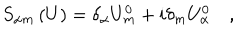
S _ { \alpha m } \left( U \right) = \delta _ { \alpha } U _ { m } ^ { 0 } + i \delta _ { m } U _ { \alpha } ^ { 0 } \quad ,